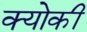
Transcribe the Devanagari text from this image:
क्योकीं